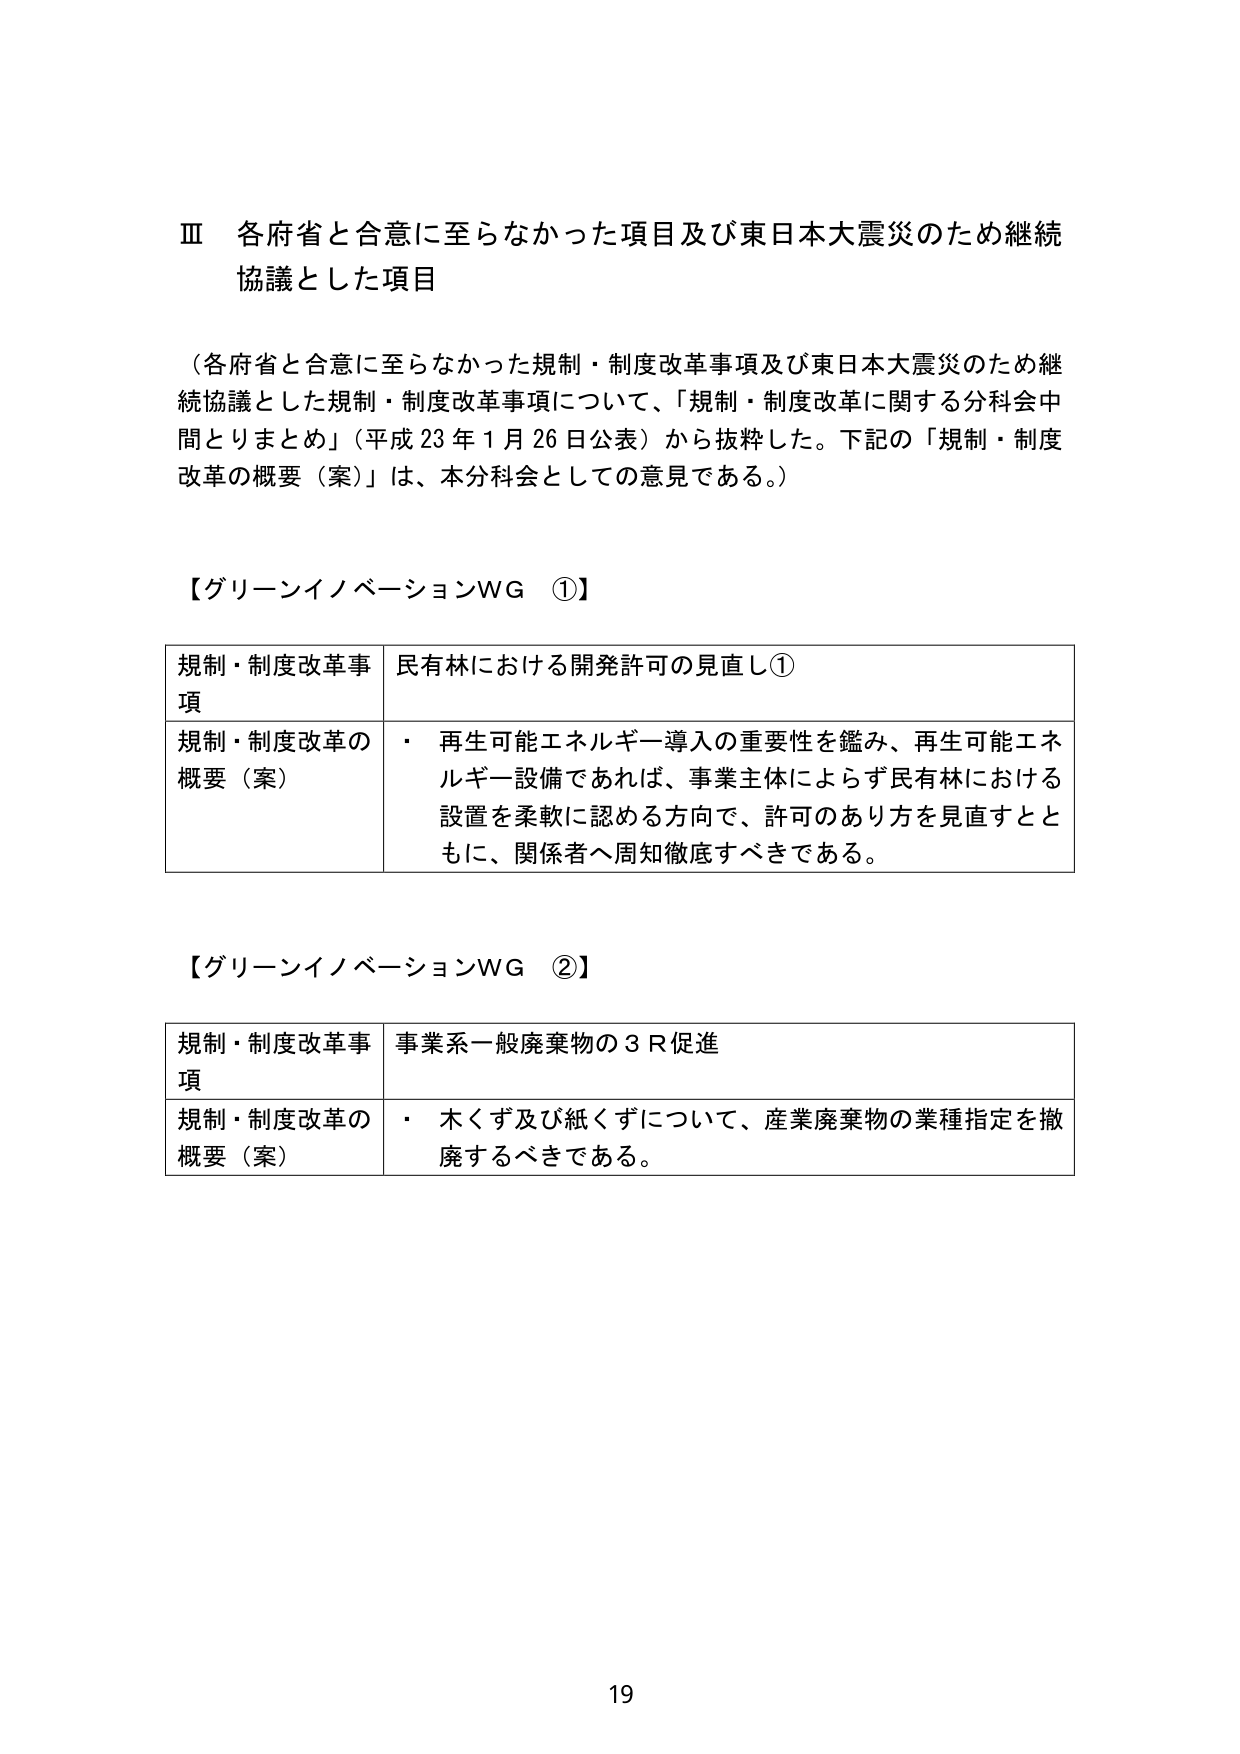
Ⅲ 各府省と合意に至らなかった項目及び東日本大震災のため継続協議とした項目

（各府省と合意に至らなかった規制・制度改革事項及び東日本大震災のため継続協議とした規制・制度改革事項について、「規制・制度改革に関する分科会中間とりまとめ」（平成23年1月26日公表）から抜粋した。下記の「規制・制度改革の概要（案）」は、本分科会としての意見である。）

【グリーンイノベーションWG ①】

規制・制度改革事項　民有林における開発許可の見直し①

規制・制度改革の概要（案）　・ 再生可能エネルギー導入の重要性を鑑み、再生可能エネルギー設備であれば、事業主体によらず民有林における設置を柔軟に認める方向で、許可のあり方を見直すとともに、関係者へ周知徹底すべきである。

【グリーンイノベーションWG ②】

規制・制度改革事項　事業系一般廃棄物の3R促進

規制・制度改革の概要（案）　・ 木くず及び紙くずについて、産業廃棄物の業種指定を撤廃するべきである。

19